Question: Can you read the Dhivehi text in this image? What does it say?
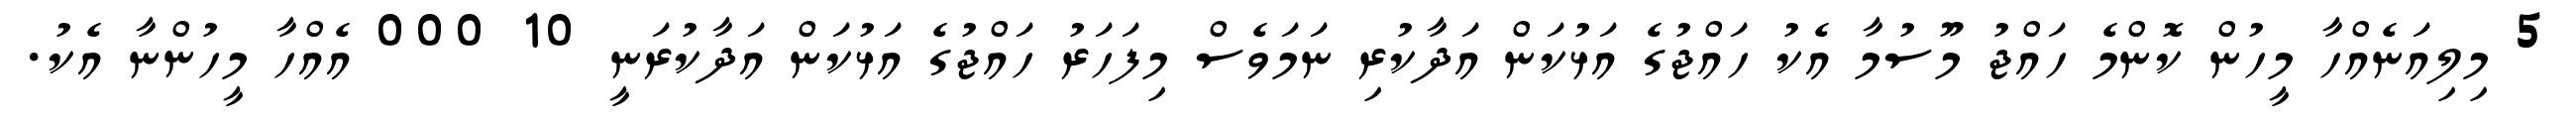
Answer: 5 މިލިއަނެއްހާ މީހުން ކޮންމެ ހައްޖު މޫސުމާ އެކު ހައްޖުގެ އަޅުކަން އަދާކުރި ނަމަވެސް މިފަހަރު ހައްޖުގެ އަޅުކަން އަދާކުރަނީ 10 000 އެއްހާ މީހުންނާ އެކު.